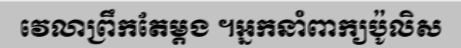
វេលាព្រឹកតែម្តង ។អ្នកនាំពាក្យប៉ូលិស